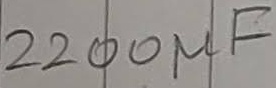
Text: 2200µF